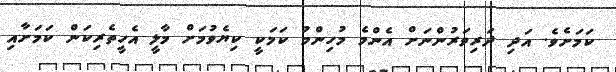
ކަމަށެވެ. އަދި ދަރިވަރުންނަށް އެންމެ މުހިންމު ކަމަކީ ކިޔެވުމަށް މާލީ އެހީތެރިކަން ކަމަށާއި